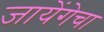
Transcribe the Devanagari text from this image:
जायेंगेचा